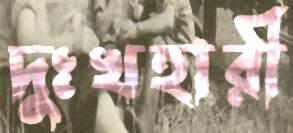
দুঃখহারী